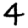
Digit: 4